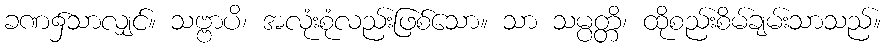
ခဏ၌သာလျှင်။ သဗ္ဗာပိ၊ အလုံးစုံလည်းဖြစ်သော။ သာ သမ္ပတ္တိ၊ ထိုစည်းစိမ်ချမ်းသာသည်။